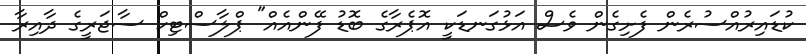
ކުޑައިރުއްސުރެން ފެށިގެން ވެސް އަޅުގަނޑަކީ އޮޕެރާގެ ބޮޑު ފޭންއެއް" ޕްލާސްޓިކް ސާޖަރީގެ ދާއިރާ